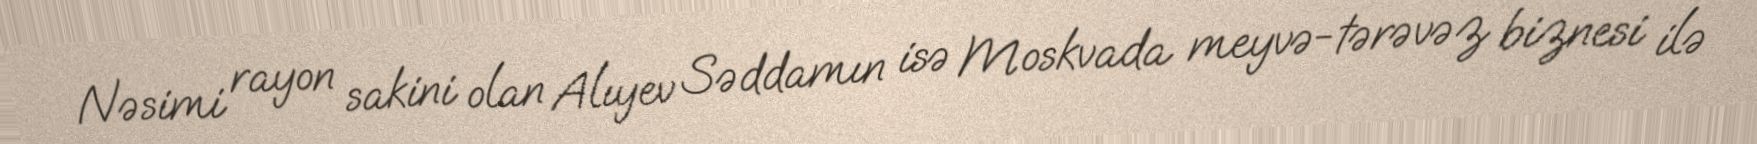
Nəsimi rayon sakini olan Alıyev Səddamın isə Moskvada meyvə-tərəvəz biznesi ilə